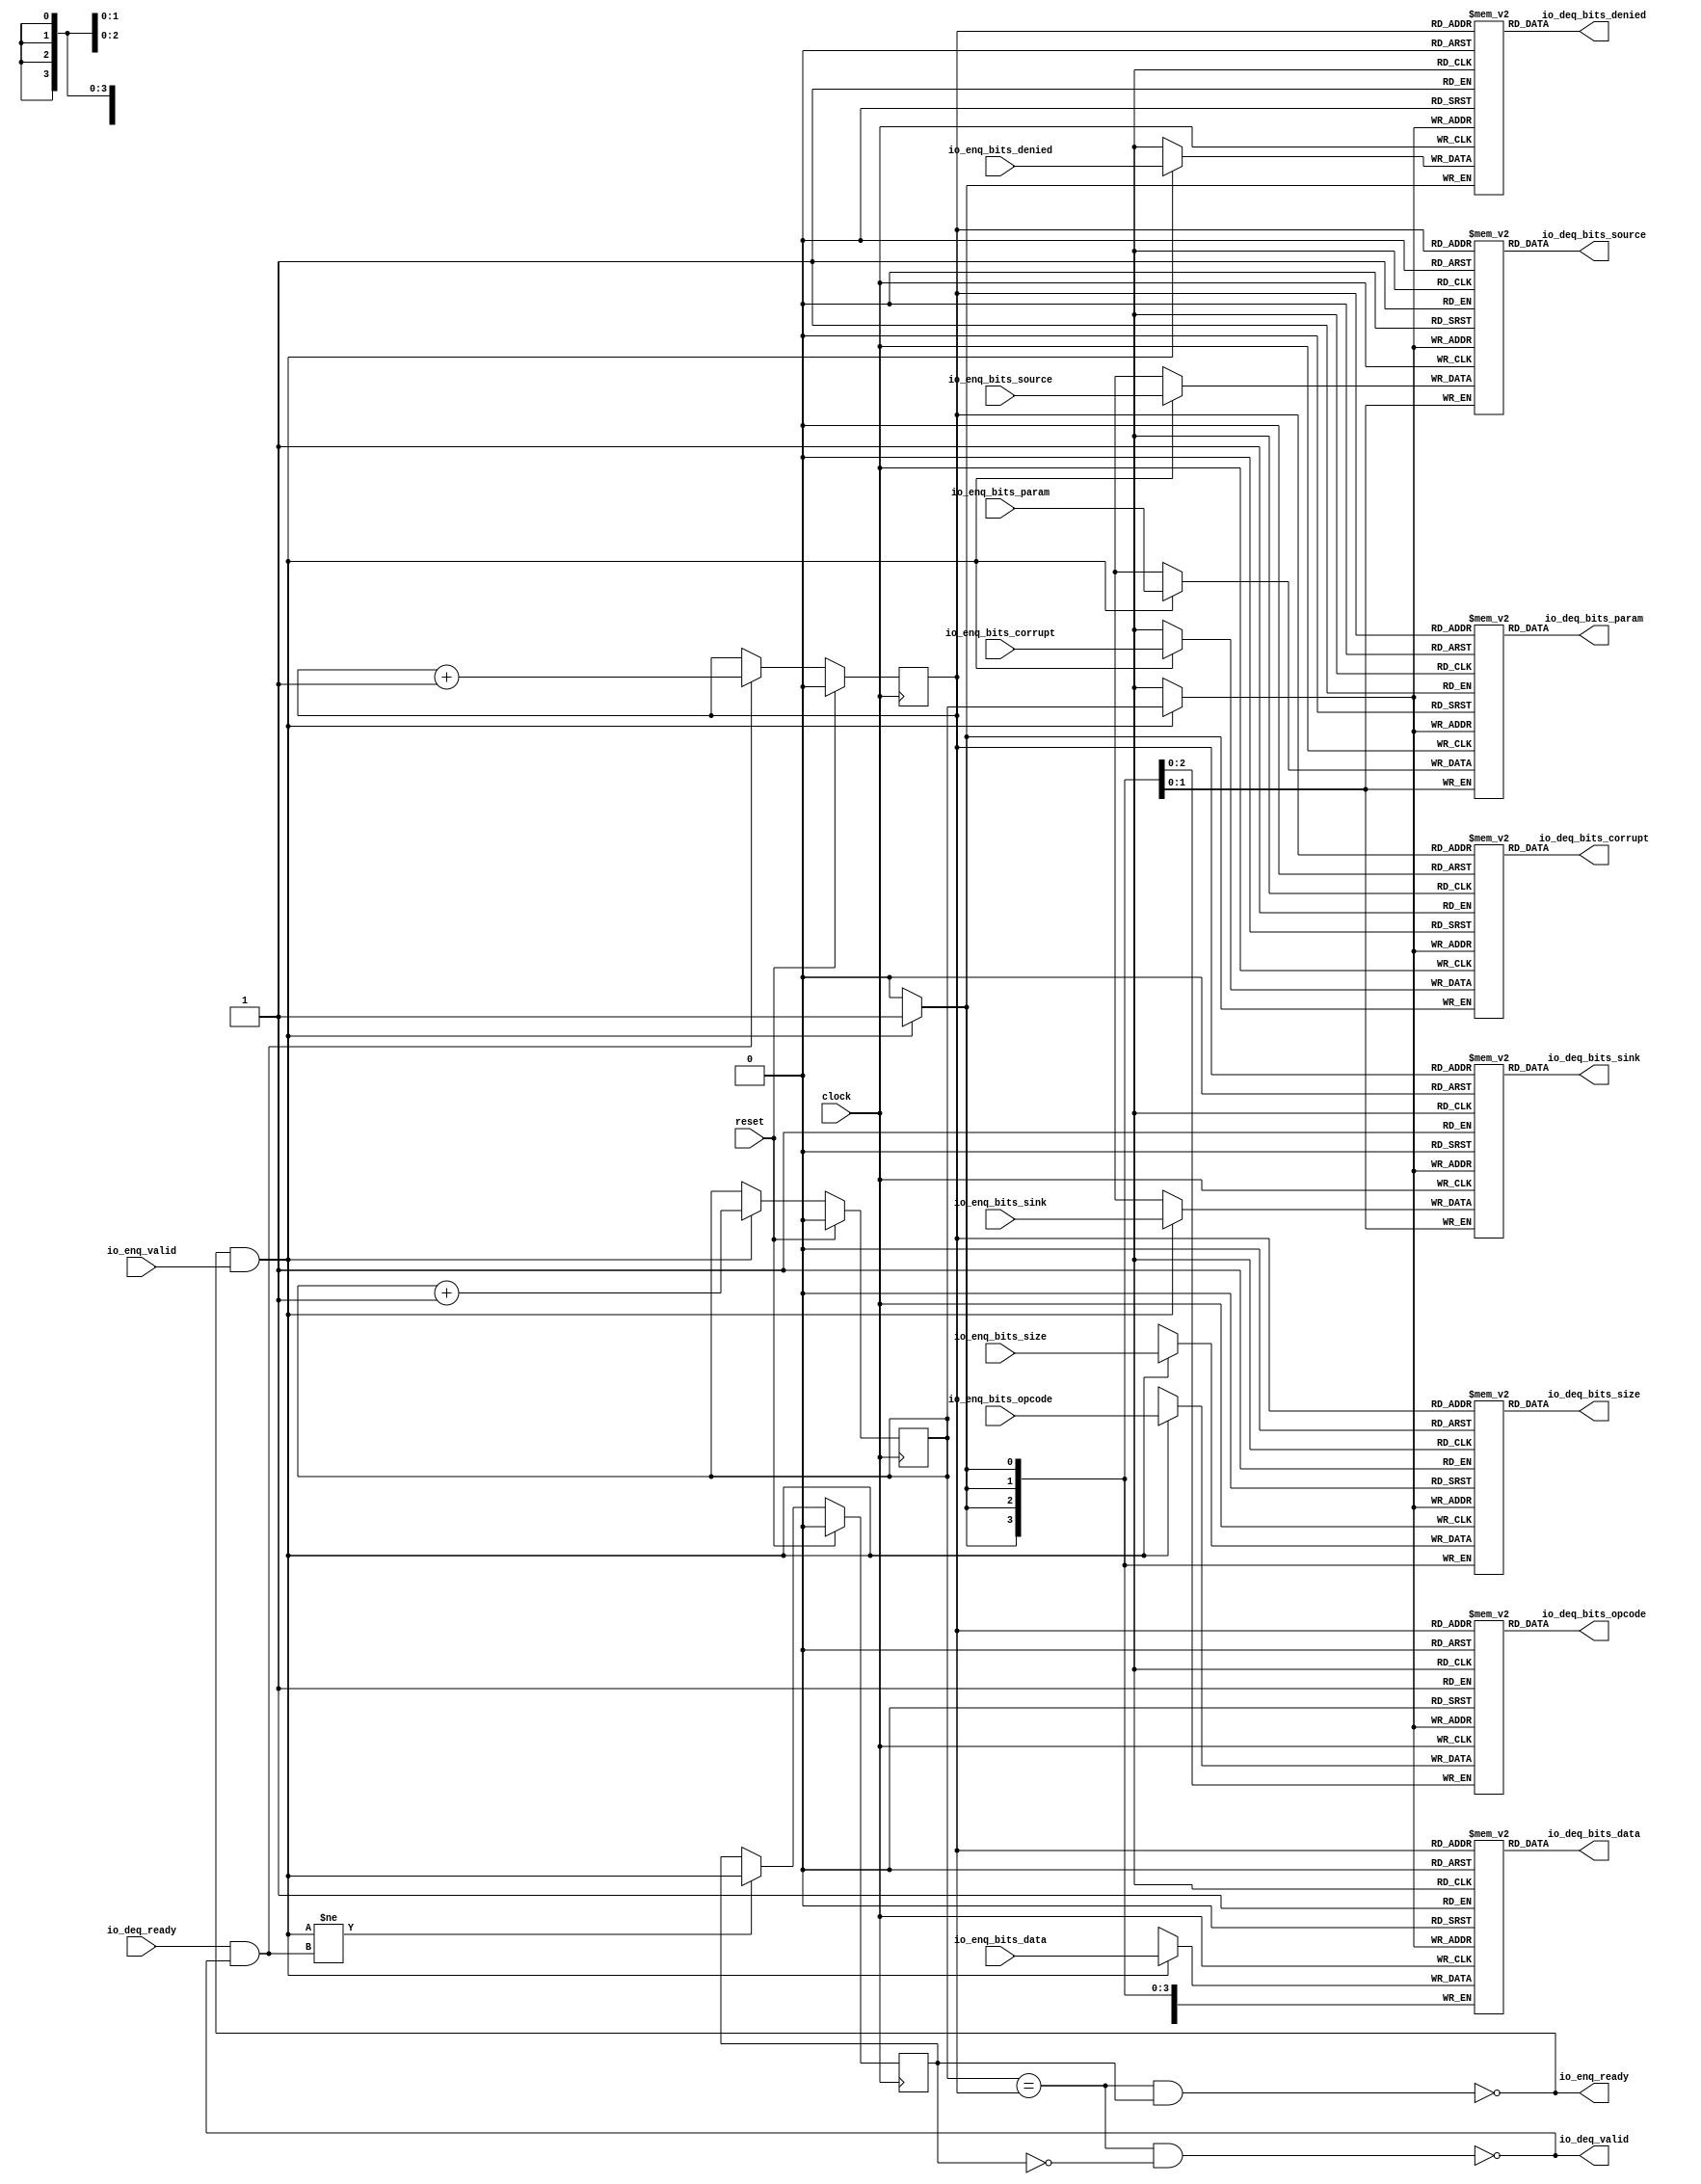
module Queue_33(
  input         clock,
  input         reset,
  output        io_enq_ready,
  input         io_enq_valid,
  input  [2:0]  io_enq_bits_opcode,
  input  [1:0]  io_enq_bits_param,
  input  [3:0]  io_enq_bits_size,
  input  [1:0]  io_enq_bits_source,
  input  [1:0]  io_enq_bits_sink,
  input         io_enq_bits_denied,
  input  [63:0] io_enq_bits_data,
  input         io_enq_bits_corrupt,
  input         io_deq_ready,
  output        io_deq_valid,
  output [2:0]  io_deq_bits_opcode,
  output [1:0]  io_deq_bits_param,
  output [3:0]  io_deq_bits_size,
  output [1:0]  io_deq_bits_source,
  output [1:0]  io_deq_bits_sink,
  output        io_deq_bits_denied,
  output [63:0] io_deq_bits_data,
  output        io_deq_bits_corrupt
);
`ifdef RANDOMIZE_MEM_INIT
  reg [31:0] _RAND_0;
  reg [31:0] _RAND_1;
  reg [31:0] _RAND_2;
  reg [31:0] _RAND_3;
  reg [31:0] _RAND_4;
  reg [31:0] _RAND_5;
  reg [63:0] _RAND_6;
  reg [31:0] _RAND_7;
`endif // RANDOMIZE_MEM_INIT
`ifdef RANDOMIZE_REG_INIT
  reg [31:0] _RAND_8;
  reg [31:0] _RAND_9;
  reg [31:0] _RAND_10;
`endif // RANDOMIZE_REG_INIT
  reg [2:0] ram_opcode [0:1]; // @[Decoupled.scala 259:95]
  wire  ram_opcode_io_deq_bits_MPORT_en; // @[Decoupled.scala 259:95]
  wire  ram_opcode_io_deq_bits_MPORT_addr; // @[Decoupled.scala 259:95]
  wire [2:0] ram_opcode_io_deq_bits_MPORT_data; // @[Decoupled.scala 259:95]
  wire [2:0] ram_opcode_MPORT_data; // @[Decoupled.scala 259:95]
  wire  ram_opcode_MPORT_addr; // @[Decoupled.scala 259:95]
  wire  ram_opcode_MPORT_mask; // @[Decoupled.scala 259:95]
  wire  ram_opcode_MPORT_en; // @[Decoupled.scala 259:95]
  reg [1:0] ram_param [0:1]; // @[Decoupled.scala 259:95]
  wire  ram_param_io_deq_bits_MPORT_en; // @[Decoupled.scala 259:95]
  wire  ram_param_io_deq_bits_MPORT_addr; // @[Decoupled.scala 259:95]
  wire [1:0] ram_param_io_deq_bits_MPORT_data; // @[Decoupled.scala 259:95]
  wire [1:0] ram_param_MPORT_data; // @[Decoupled.scala 259:95]
  wire  ram_param_MPORT_addr; // @[Decoupled.scala 259:95]
  wire  ram_param_MPORT_mask; // @[Decoupled.scala 259:95]
  wire  ram_param_MPORT_en; // @[Decoupled.scala 259:95]
  reg [3:0] ram_size [0:1]; // @[Decoupled.scala 259:95]
  wire  ram_size_io_deq_bits_MPORT_en; // @[Decoupled.scala 259:95]
  wire  ram_size_io_deq_bits_MPORT_addr; // @[Decoupled.scala 259:95]
  wire [3:0] ram_size_io_deq_bits_MPORT_data; // @[Decoupled.scala 259:95]
  wire [3:0] ram_size_MPORT_data; // @[Decoupled.scala 259:95]
  wire  ram_size_MPORT_addr; // @[Decoupled.scala 259:95]
  wire  ram_size_MPORT_mask; // @[Decoupled.scala 259:95]
  wire  ram_size_MPORT_en; // @[Decoupled.scala 259:95]
  reg [1:0] ram_source [0:1]; // @[Decoupled.scala 259:95]
  wire  ram_source_io_deq_bits_MPORT_en; // @[Decoupled.scala 259:95]
  wire  ram_source_io_deq_bits_MPORT_addr; // @[Decoupled.scala 259:95]
  wire [1:0] ram_source_io_deq_bits_MPORT_data; // @[Decoupled.scala 259:95]
  wire [1:0] ram_source_MPORT_data; // @[Decoupled.scala 259:95]
  wire  ram_source_MPORT_addr; // @[Decoupled.scala 259:95]
  wire  ram_source_MPORT_mask; // @[Decoupled.scala 259:95]
  wire  ram_source_MPORT_en; // @[Decoupled.scala 259:95]
  reg [1:0] ram_sink [0:1]; // @[Decoupled.scala 259:95]
  wire  ram_sink_io_deq_bits_MPORT_en; // @[Decoupled.scala 259:95]
  wire  ram_sink_io_deq_bits_MPORT_addr; // @[Decoupled.scala 259:95]
  wire [1:0] ram_sink_io_deq_bits_MPORT_data; // @[Decoupled.scala 259:95]
  wire [1:0] ram_sink_MPORT_data; // @[Decoupled.scala 259:95]
  wire  ram_sink_MPORT_addr; // @[Decoupled.scala 259:95]
  wire  ram_sink_MPORT_mask; // @[Decoupled.scala 259:95]
  wire  ram_sink_MPORT_en; // @[Decoupled.scala 259:95]
  reg  ram_denied [0:1]; // @[Decoupled.scala 259:95]
  wire  ram_denied_io_deq_bits_MPORT_en; // @[Decoupled.scala 259:95]
  wire  ram_denied_io_deq_bits_MPORT_addr; // @[Decoupled.scala 259:95]
  wire  ram_denied_io_deq_bits_MPORT_data; // @[Decoupled.scala 259:95]
  wire  ram_denied_MPORT_data; // @[Decoupled.scala 259:95]
  wire  ram_denied_MPORT_addr; // @[Decoupled.scala 259:95]
  wire  ram_denied_MPORT_mask; // @[Decoupled.scala 259:95]
  wire  ram_denied_MPORT_en; // @[Decoupled.scala 259:95]
  reg [63:0] ram_data [0:1]; // @[Decoupled.scala 259:95]
  wire  ram_data_io_deq_bits_MPORT_en; // @[Decoupled.scala 259:95]
  wire  ram_data_io_deq_bits_MPORT_addr; // @[Decoupled.scala 259:95]
  wire [63:0] ram_data_io_deq_bits_MPORT_data; // @[Decoupled.scala 259:95]
  wire [63:0] ram_data_MPORT_data; // @[Decoupled.scala 259:95]
  wire  ram_data_MPORT_addr; // @[Decoupled.scala 259:95]
  wire  ram_data_MPORT_mask; // @[Decoupled.scala 259:95]
  wire  ram_data_MPORT_en; // @[Decoupled.scala 259:95]
  reg  ram_corrupt [0:1]; // @[Decoupled.scala 259:95]
  wire  ram_corrupt_io_deq_bits_MPORT_en; // @[Decoupled.scala 259:95]
  wire  ram_corrupt_io_deq_bits_MPORT_addr; // @[Decoupled.scala 259:95]
  wire  ram_corrupt_io_deq_bits_MPORT_data; // @[Decoupled.scala 259:95]
  wire  ram_corrupt_MPORT_data; // @[Decoupled.scala 259:95]
  wire  ram_corrupt_MPORT_addr; // @[Decoupled.scala 259:95]
  wire  ram_corrupt_MPORT_mask; // @[Decoupled.scala 259:95]
  wire  ram_corrupt_MPORT_en; // @[Decoupled.scala 259:95]
  reg  value; // @[Counter.scala 62:40]
  reg  value_1; // @[Counter.scala 62:40]
  reg  maybe_full; // @[Decoupled.scala 262:27]
  wire  ptr_match = value == value_1; // @[Decoupled.scala 263:33]
  wire  empty = ptr_match & ~maybe_full; // @[Decoupled.scala 264:25]
  wire  full = ptr_match & maybe_full; // @[Decoupled.scala 265:24]
  wire  do_enq = io_enq_ready & io_enq_valid; // @[Decoupled.scala 50:35]
  wire  do_deq = io_deq_ready & io_deq_valid; // @[Decoupled.scala 50:35]
  assign ram_opcode_io_deq_bits_MPORT_en = 1'h1;
  assign ram_opcode_io_deq_bits_MPORT_addr = value_1;
  assign ram_opcode_io_deq_bits_MPORT_data = ram_opcode[ram_opcode_io_deq_bits_MPORT_addr]; // @[Decoupled.scala 259:95]
  assign ram_opcode_MPORT_data = io_enq_bits_opcode;
  assign ram_opcode_MPORT_addr = value;
  assign ram_opcode_MPORT_mask = 1'h1;
  assign ram_opcode_MPORT_en = io_enq_ready & io_enq_valid;
  assign ram_param_io_deq_bits_MPORT_en = 1'h1;
  assign ram_param_io_deq_bits_MPORT_addr = value_1;
  assign ram_param_io_deq_bits_MPORT_data = ram_param[ram_param_io_deq_bits_MPORT_addr]; // @[Decoupled.scala 259:95]
  assign ram_param_MPORT_data = io_enq_bits_param;
  assign ram_param_MPORT_addr = value;
  assign ram_param_MPORT_mask = 1'h1;
  assign ram_param_MPORT_en = io_enq_ready & io_enq_valid;
  assign ram_size_io_deq_bits_MPORT_en = 1'h1;
  assign ram_size_io_deq_bits_MPORT_addr = value_1;
  assign ram_size_io_deq_bits_MPORT_data = ram_size[ram_size_io_deq_bits_MPORT_addr]; // @[Decoupled.scala 259:95]
  assign ram_size_MPORT_data = io_enq_bits_size;
  assign ram_size_MPORT_addr = value;
  assign ram_size_MPORT_mask = 1'h1;
  assign ram_size_MPORT_en = io_enq_ready & io_enq_valid;
  assign ram_source_io_deq_bits_MPORT_en = 1'h1;
  assign ram_source_io_deq_bits_MPORT_addr = value_1;
  assign ram_source_io_deq_bits_MPORT_data = ram_source[ram_source_io_deq_bits_MPORT_addr]; // @[Decoupled.scala 259:95]
  assign ram_source_MPORT_data = io_enq_bits_source;
  assign ram_source_MPORT_addr = value;
  assign ram_source_MPORT_mask = 1'h1;
  assign ram_source_MPORT_en = io_enq_ready & io_enq_valid;
  assign ram_sink_io_deq_bits_MPORT_en = 1'h1;
  assign ram_sink_io_deq_bits_MPORT_addr = value_1;
  assign ram_sink_io_deq_bits_MPORT_data = ram_sink[ram_sink_io_deq_bits_MPORT_addr]; // @[Decoupled.scala 259:95]
  assign ram_sink_MPORT_data = io_enq_bits_sink;
  assign ram_sink_MPORT_addr = value;
  assign ram_sink_MPORT_mask = 1'h1;
  assign ram_sink_MPORT_en = io_enq_ready & io_enq_valid;
  assign ram_denied_io_deq_bits_MPORT_en = 1'h1;
  assign ram_denied_io_deq_bits_MPORT_addr = value_1;
  assign ram_denied_io_deq_bits_MPORT_data = ram_denied[ram_denied_io_deq_bits_MPORT_addr]; // @[Decoupled.scala 259:95]
  assign ram_denied_MPORT_data = io_enq_bits_denied;
  assign ram_denied_MPORT_addr = value;
  assign ram_denied_MPORT_mask = 1'h1;
  assign ram_denied_MPORT_en = io_enq_ready & io_enq_valid;
  assign ram_data_io_deq_bits_MPORT_en = 1'h1;
  assign ram_data_io_deq_bits_MPORT_addr = value_1;
  assign ram_data_io_deq_bits_MPORT_data = ram_data[ram_data_io_deq_bits_MPORT_addr]; // @[Decoupled.scala 259:95]
  assign ram_data_MPORT_data = io_enq_bits_data;
  assign ram_data_MPORT_addr = value;
  assign ram_data_MPORT_mask = 1'h1;
  assign ram_data_MPORT_en = io_enq_ready & io_enq_valid;
  assign ram_corrupt_io_deq_bits_MPORT_en = 1'h1;
  assign ram_corrupt_io_deq_bits_MPORT_addr = value_1;
  assign ram_corrupt_io_deq_bits_MPORT_data = ram_corrupt[ram_corrupt_io_deq_bits_MPORT_addr]; // @[Decoupled.scala 259:95]
  assign ram_corrupt_MPORT_data = io_enq_bits_corrupt;
  assign ram_corrupt_MPORT_addr = value;
  assign ram_corrupt_MPORT_mask = 1'h1;
  assign ram_corrupt_MPORT_en = io_enq_ready & io_enq_valid;
  assign io_enq_ready = ~full; // @[Decoupled.scala 289:19]
  assign io_deq_valid = ~empty; // @[Decoupled.scala 288:19]
  assign io_deq_bits_opcode = ram_opcode_io_deq_bits_MPORT_data; // @[Decoupled.scala 296:17]
  assign io_deq_bits_param = ram_param_io_deq_bits_MPORT_data; // @[Decoupled.scala 296:17]
  assign io_deq_bits_size = ram_size_io_deq_bits_MPORT_data; // @[Decoupled.scala 296:17]
  assign io_deq_bits_source = ram_source_io_deq_bits_MPORT_data; // @[Decoupled.scala 296:17]
  assign io_deq_bits_sink = ram_sink_io_deq_bits_MPORT_data; // @[Decoupled.scala 296:17]
  assign io_deq_bits_denied = ram_denied_io_deq_bits_MPORT_data; // @[Decoupled.scala 296:17]
  assign io_deq_bits_data = ram_data_io_deq_bits_MPORT_data; // @[Decoupled.scala 296:17]
  assign io_deq_bits_corrupt = ram_corrupt_io_deq_bits_MPORT_data; // @[Decoupled.scala 296:17]
  always @(posedge clock) begin
    if (ram_opcode_MPORT_en & ram_opcode_MPORT_mask) begin
      ram_opcode[ram_opcode_MPORT_addr] <= ram_opcode_MPORT_data; // @[Decoupled.scala 259:95]
    end
    if (ram_param_MPORT_en & ram_param_MPORT_mask) begin
      ram_param[ram_param_MPORT_addr] <= ram_param_MPORT_data; // @[Decoupled.scala 259:95]
    end
    if (ram_size_MPORT_en & ram_size_MPORT_mask) begin
      ram_size[ram_size_MPORT_addr] <= ram_size_MPORT_data; // @[Decoupled.scala 259:95]
    end
    if (ram_source_MPORT_en & ram_source_MPORT_mask) begin
      ram_source[ram_source_MPORT_addr] <= ram_source_MPORT_data; // @[Decoupled.scala 259:95]
    end
    if (ram_sink_MPORT_en & ram_sink_MPORT_mask) begin
      ram_sink[ram_sink_MPORT_addr] <= ram_sink_MPORT_data; // @[Decoupled.scala 259:95]
    end
    if (ram_denied_MPORT_en & ram_denied_MPORT_mask) begin
      ram_denied[ram_denied_MPORT_addr] <= ram_denied_MPORT_data; // @[Decoupled.scala 259:95]
    end
    if (ram_data_MPORT_en & ram_data_MPORT_mask) begin
      ram_data[ram_data_MPORT_addr] <= ram_data_MPORT_data; // @[Decoupled.scala 259:95]
    end
    if (ram_corrupt_MPORT_en & ram_corrupt_MPORT_mask) begin
      ram_corrupt[ram_corrupt_MPORT_addr] <= ram_corrupt_MPORT_data; // @[Decoupled.scala 259:95]
    end
    if (reset) begin // @[Counter.scala 62:40]
      value <= 1'h0; // @[Counter.scala 62:40]
    end else if (do_enq) begin // @[Decoupled.scala 272:16]
      value <= value + 1'h1; // @[Counter.scala 78:15]
    end
    if (reset) begin // @[Counter.scala 62:40]
      value_1 <= 1'h0; // @[Counter.scala 62:40]
    end else if (do_deq) begin // @[Decoupled.scala 276:16]
      value_1 <= value_1 + 1'h1; // @[Counter.scala 78:15]
    end
    if (reset) begin // @[Decoupled.scala 262:27]
      maybe_full <= 1'h0; // @[Decoupled.scala 262:27]
    end else if (do_enq != do_deq) begin // @[Decoupled.scala 279:27]
      maybe_full <= do_enq; // @[Decoupled.scala 280:16]
    end
  end
// Register and memory initialization
`ifdef RANDOMIZE_GARBAGE_ASSIGN
`define RANDOMIZE
`endif
`ifdef RANDOMIZE_INVALID_ASSIGN
`define RANDOMIZE
`endif
`ifdef RANDOMIZE_REG_INIT
`define RANDOMIZE
`endif
`ifdef RANDOMIZE_MEM_INIT
`define RANDOMIZE
`endif
`ifndef RANDOM
`define RANDOM $random
`endif
`ifdef RANDOMIZE_MEM_INIT
  integer initvar;
`endif
`ifndef SYNTHESIS
`ifdef FIRRTL_BEFORE_INITIAL
`FIRRTL_BEFORE_INITIAL
`endif
initial begin
  `ifdef RANDOMIZE
    `ifdef INIT_RANDOM
      `INIT_RANDOM
    `endif
    `ifndef VERILATOR
      `ifdef RANDOMIZE_DELAY
        #`RANDOMIZE_DELAY begin end
      `else
        #0.002 begin end
      `endif
    `endif
`ifdef RANDOMIZE_MEM_INIT
  _RAND_0 = {1{`RANDOM}};
  for (initvar = 0; initvar < 2; initvar = initvar+1)
    ram_opcode[initvar] = _RAND_0[2:0];
  _RAND_1 = {1{`RANDOM}};
  for (initvar = 0; initvar < 2; initvar = initvar+1)
    ram_param[initvar] = _RAND_1[1:0];
  _RAND_2 = {1{`RANDOM}};
  for (initvar = 0; initvar < 2; initvar = initvar+1)
    ram_size[initvar] = _RAND_2[3:0];
  _RAND_3 = {1{`RANDOM}};
  for (initvar = 0; initvar < 2; initvar = initvar+1)
    ram_source[initvar] = _RAND_3[1:0];
  _RAND_4 = {1{`RANDOM}};
  for (initvar = 0; initvar < 2; initvar = initvar+1)
    ram_sink[initvar] = _RAND_4[1:0];
  _RAND_5 = {1{`RANDOM}};
  for (initvar = 0; initvar < 2; initvar = initvar+1)
    ram_denied[initvar] = _RAND_5[0:0];
  _RAND_6 = {2{`RANDOM}};
  for (initvar = 0; initvar < 2; initvar = initvar+1)
    ram_data[initvar] = _RAND_6[63:0];
  _RAND_7 = {1{`RANDOM}};
  for (initvar = 0; initvar < 2; initvar = initvar+1)
    ram_corrupt[initvar] = _RAND_7[0:0];
`endif // RANDOMIZE_MEM_INIT
`ifdef RANDOMIZE_REG_INIT
  _RAND_8 = {1{`RANDOM}};
  value = _RAND_8[0:0];
  _RAND_9 = {1{`RANDOM}};
  value_1 = _RAND_9[0:0];
  _RAND_10 = {1{`RANDOM}};
  maybe_full = _RAND_10[0:0];
`endif // RANDOMIZE_REG_INIT
  `endif // RANDOMIZE
end // initial
`ifdef FIRRTL_AFTER_INITIAL
`FIRRTL_AFTER_INITIAL
`endif
`endif // SYNTHESIS
endmodule